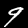
Digit: 9